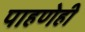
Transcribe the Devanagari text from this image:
पाहणेही